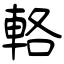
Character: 輅